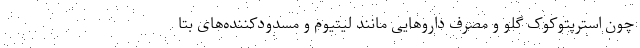
چون استرپتوکوک گلو و مصرف داروهایی مانند لیتیوم و مسدودکننده‌های بتا